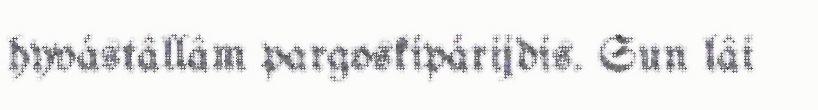
hyvástâllâm pargoskipárijdis. Sun lâi